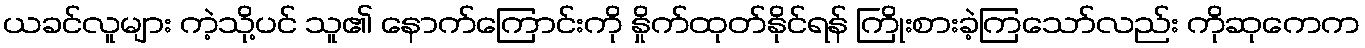
ယခင်လူများ ကဲ့သို့ပင် သူ၏ နောက်ကြောင်းကို နှိုက်ထုတ်နိုင်ရန် ကြိုးစားခဲ့ကြသော်လည်း ကိုဆုကေက